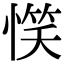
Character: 𢞖